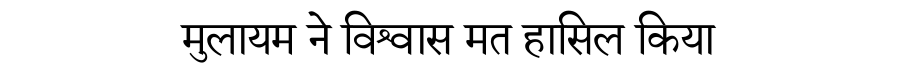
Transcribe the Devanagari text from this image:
मुलायम ने विश्वास मत हासिल किया